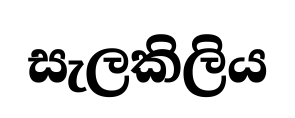
සැලකිලිය